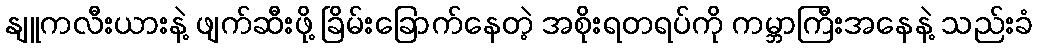
နျူကလီးယားနဲ့ ဖျက်ဆီးဖို့ ခြိမ်းခြောက်နေတဲ့ အစိုးရတရပ်ကို ကမ္ဘာကြီးအနေနဲ့ သည်းခံ